Civil Veterinary Department. Madras. Admin. report 1926-33 - 1926-1933
Year: 1926
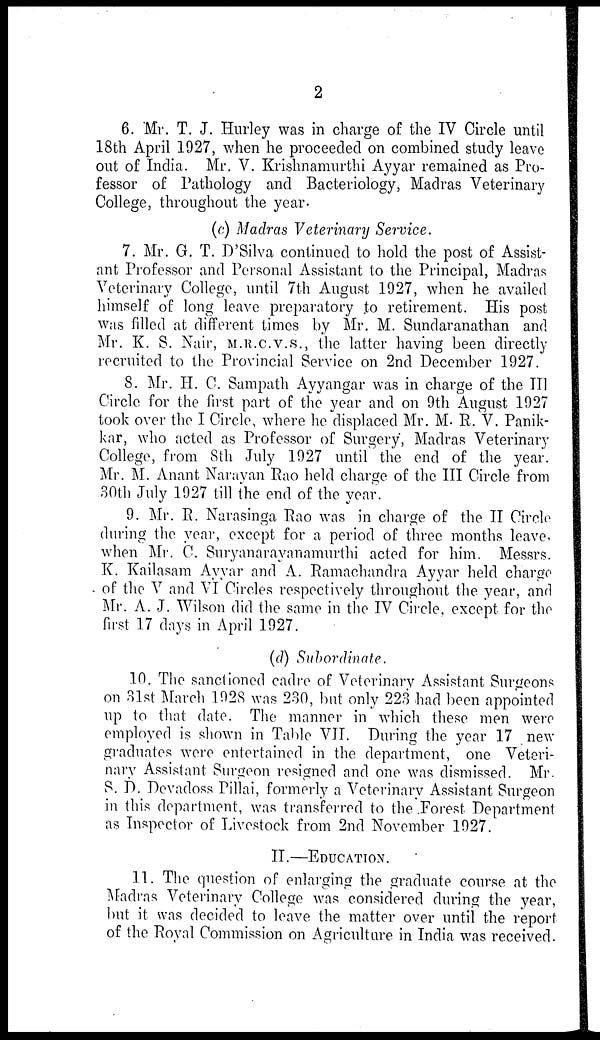
2
6. Mr. T. J. Hurley was in charge of the IV Circle until
18th April 1927, when he proceeded on combined study leave
out of India. Mr. V. Krishnamurthi Ayyar remained as Pro-
fessor of Pathology and Bacteriology, Madras Veterinary
College, throughout the year.
(c) Madras Veterinary Service.
7. Mr. G. T. D'Silva continued to hold the post of Assist-
ant Professor and Personal Assistant to the Principal, Madras
Veterinary College, until 7th August 1927, when he availed
himself of long leave preparatory to retirement. His post
was filled at different times by Mr. M. Sundaranathan and
Mr. K. S. Nair, M.R.C.V.S., the latter having been directly
recruited to the Provincial Service on 2nd December 1927.
8. Mr. H. C. Sampath Ayyangar was in charge of the III
Circle for the first part of the year and on 9th August 1927
took over the I Circle, where he displaced Mr. M. R. V. Panik-
kar, who acted as Professor of Surgery, Madras Veterinary
College, from 8th July 1927 until the end of the year.
Mr. M. Anant Narayan Rao held charge of the III Circle from
30th July 1927 till the end of the year.
9. Mr. R. Narasinga Rao was in charge of the II Circle
during the year, except for a period of three months leave,
when Mr. C. Suryanarayanamurthi acted for him. Messrs.
K. Kailasam Ayyar and A. Ramachandra Ayyar held charge
of the V and VI Circles respectively throughout the year, and
Mr. A. J. Wilson did the same in the IV Circle, except for the
first 17 days in April 1927.
(d) Subordinate.
10. The sanctioned cadre of Veterinary Assistant Surgeons
on 31st March 1928 was 230, but only 223 had been appointed
up to that date. The manner in which these men were
employed is shown in Table VII. During the year 17 new
graduates were entertained in the department, one Veteri-
nary Assistant Surgeon resigned and one was dismissed. Mr.
S. I). Devadoss Pillai, formerly a Veterinary Assistant Surgeon
in this department, was transferred to the Forest Department
as Inspector of Livestock from 2nd November 1927.
II.—EDUCATION.
11. The question of enlarging the graduate course at the
Madras Veterinary College was considered during the year,
but it was decided to leave the matter over until the report
of the Royal Commission on Agriculture in India was received.